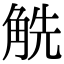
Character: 䚚